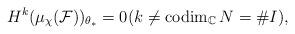
LaTeX: \begin{align*}H^k(\mu_\chi(\mathcal{F}))_{\theta_*} = 0(k \ne \operatorname{codim}_{\mathbb{C}}N= \#I),\end{align*}